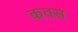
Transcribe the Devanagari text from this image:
कवस